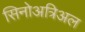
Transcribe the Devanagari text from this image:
सिनोअत्रिअल